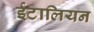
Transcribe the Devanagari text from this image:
ईटालियन